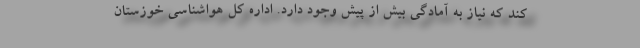
کند که نیاز به آمادگی بیش از پیش وجود دارد. اداره کل هواشناسی خوزستان